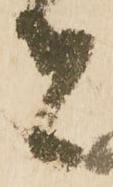
者